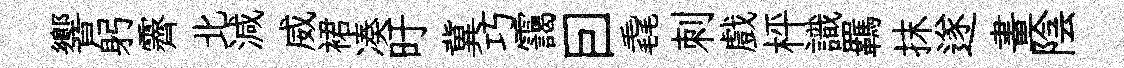
響躬霽北減威裙凑旴冀巧靄囙毳刺戲枰識羈抹遂畫陰